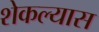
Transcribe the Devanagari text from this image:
शेकल्यास